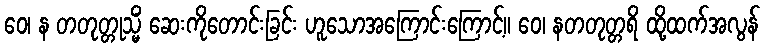
ဝေ၊ န တတုတ္တုသ္မိံ ဆေးကိုတောင်းခြင်း ဟူသောအကြောင်းကြောင့်။ ဝေ၊ နတတုတ္တရိ ထို့ထက်အလွန်